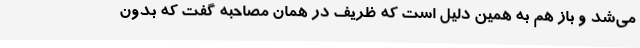
می‌شد و باز هم به همین دلیل است که ظریف در همان مصاحبه گفت که بدون